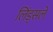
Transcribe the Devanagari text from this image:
लिंड्सले